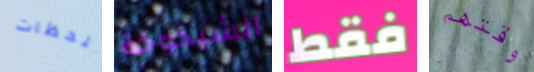
بلحظات الشيخوخة فقط وقتهم